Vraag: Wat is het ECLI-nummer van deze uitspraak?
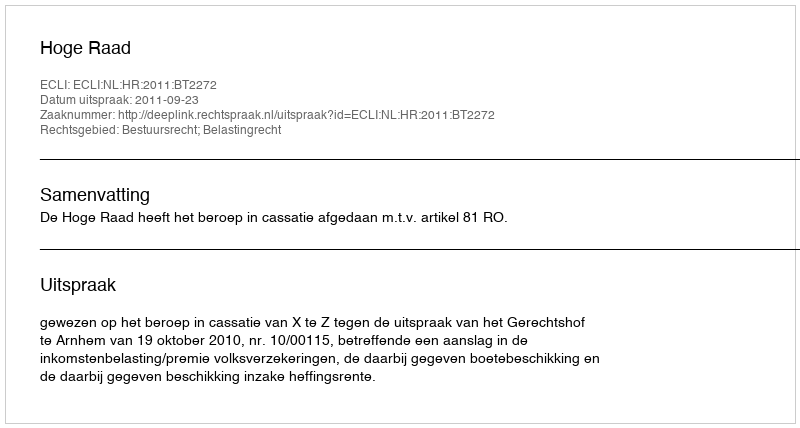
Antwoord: ECLI:NL:HR:2011:BT2272